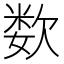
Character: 𰙕